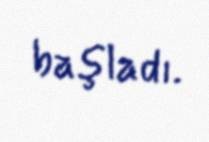
başladı.